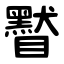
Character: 䁿